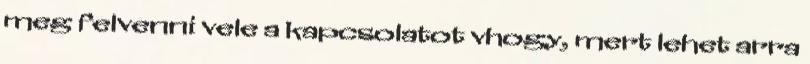
meg felvenni vele a kapcsolatot vhogy, mert lehet arra